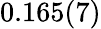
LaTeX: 0.165(7)